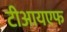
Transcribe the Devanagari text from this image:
टीआयएफ